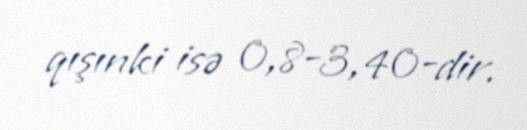
qışınki isə 0,8-3,40-dir.